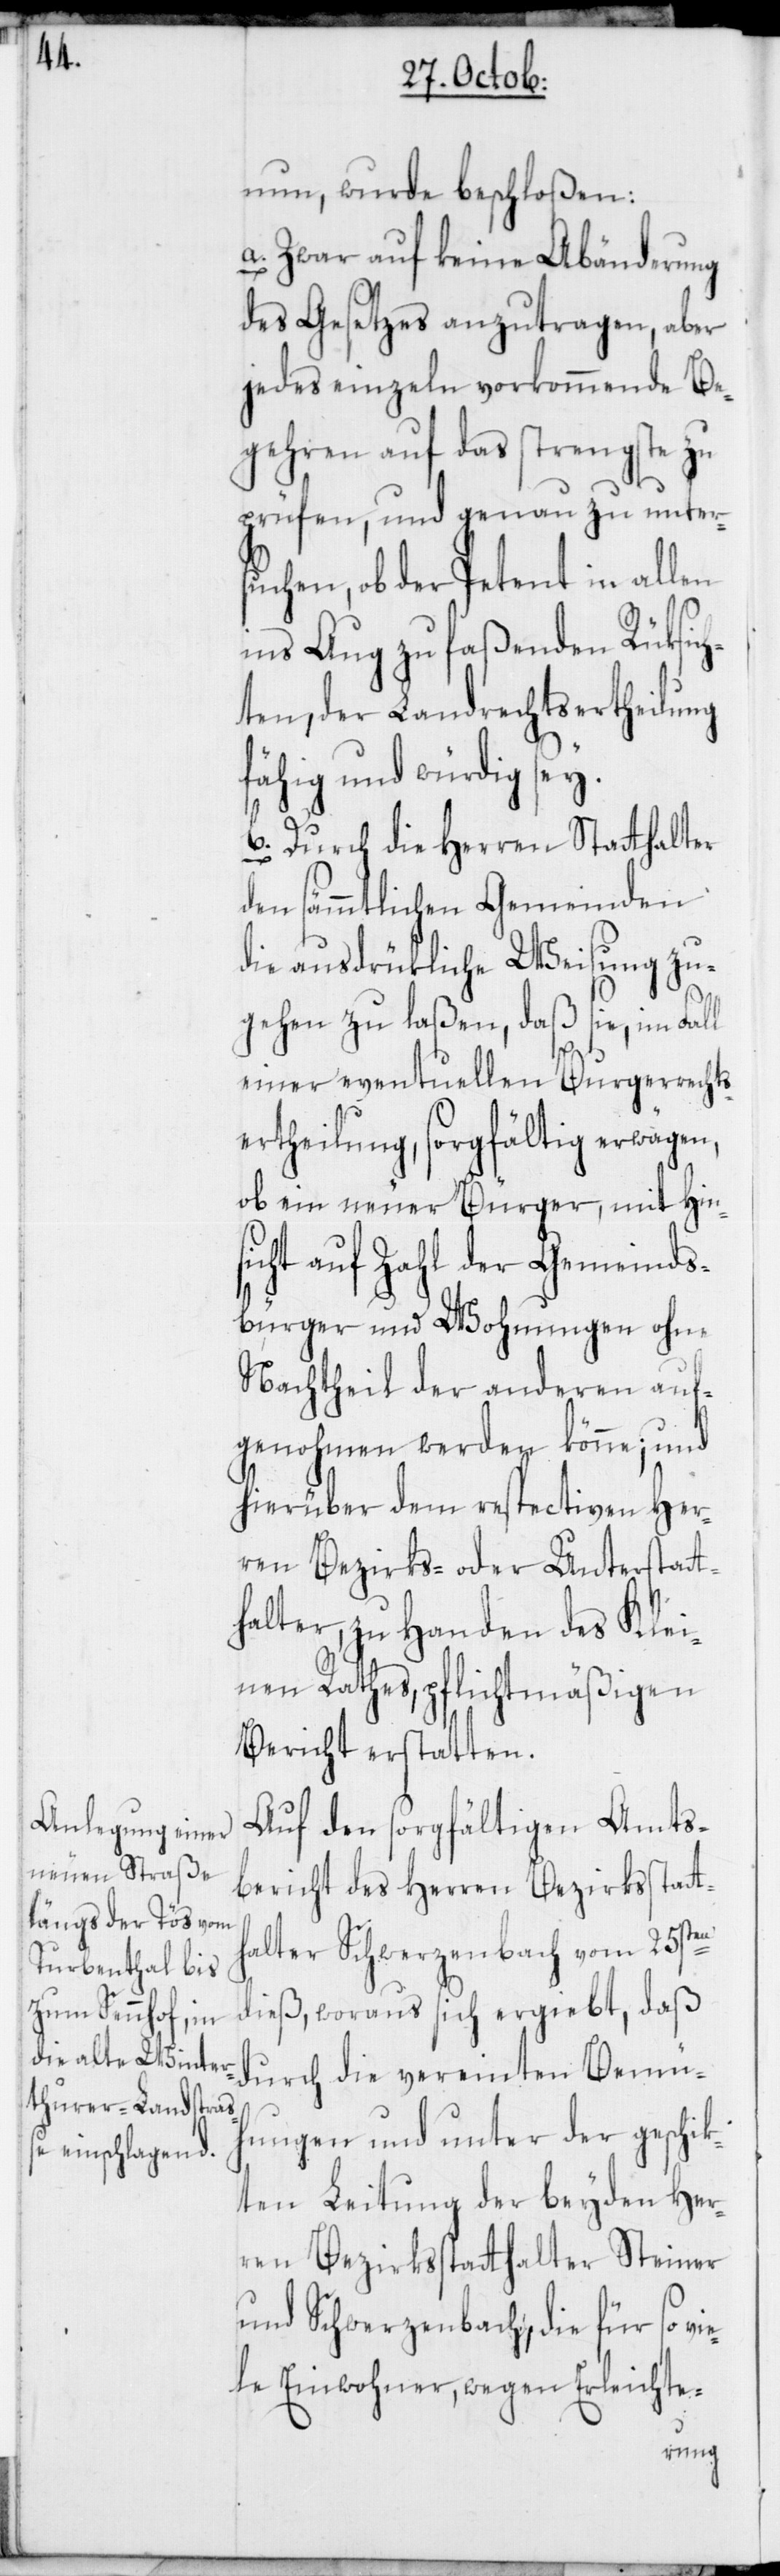
nun wurde beschloßen:
a. Zwar auf keine Abänderung
des Gesetzes anzutragen, aber
jedes einzeln vorkommende Be¬
gehren auf das strengste zu
prüfen, und genau zu unter¬
suchen, ob der Petent in allen
ins Aug zu faßenden Rüksic¬
hten, der Landrechtsertheilung
fähig und würdig sey.
b. Durch die Herren Statthalter
den sämmtlichen Gemeinden
die ausdrükliche Weisung zu¬
gehen zu laßen, daß sie, im Fall
einer eventuellen Burgerrechts¬
ertheilung, sorgfältig erwägen,
on ein neuer Bürger, mit Hins¬
icht auf Zahl der Gemeinds¬
bürger und Wohnungen ohne
Nachtheil der anderen auf¬
genohmen werden könne; und
hierüber dem respectiven Her¬
ren Bezirks- oder Unterstatt¬
halter, zu Handen des Klei¬
nen Rathes, pflichtmäßigen
Bericht erstatten.
Auf den sorgfältigen Amts¬
bericht des Herren Bezirksstatt¬
halter Schwerzenbach vom 25sten
dieß, woraus sich ergiebt, daß
durch die vereinten Bemü¬
hungen und unter der geschik¬
ten Leitung der beyden Her¬
ren Bezirksstatthalter Steiner
und Schwerzenbach, die für so vi¬
ele Einwohner, wegen Erleichte-